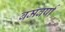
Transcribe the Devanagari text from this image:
बमबर्षा